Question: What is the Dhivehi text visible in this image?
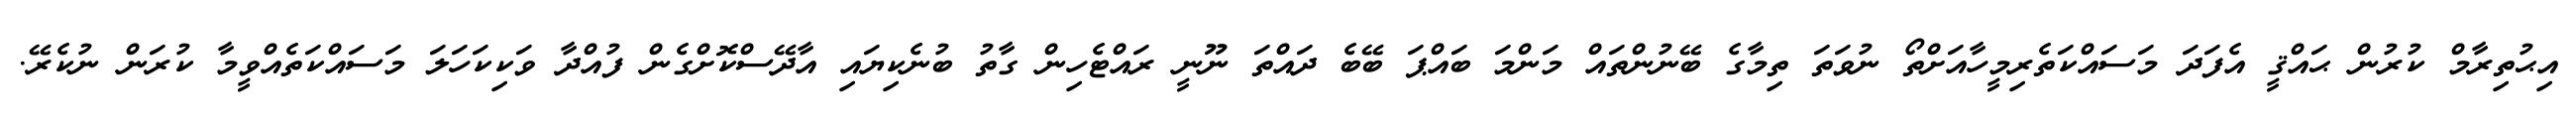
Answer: އިޙުތިރާމް ކުރުން ޙައްޤީ އެފަދަ މަސައްކަތެރިމީހާއަށްތޯ ނުވަތަ ތިމާގެ ބޭނުންތައް މަންމަ ބައްޕަ ބޭބެ ދައްތަ ނޫނީ ރައްޓެހިން ގާތު ބުނެކިޔައި އާދޭސްކޮށްގެން ފުއްދާ ވަކިކަހަލަ މަސައްކަތެއްވީމާ ކުރަން ނުކެރޭ.